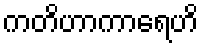
ကတိဟာကာရေဟိ